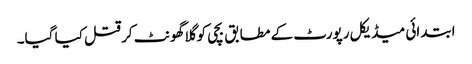
ابتدائی میڈیکل رپورٹ کے مطابق بچی کو گلا گھونٹ کر قتل کیا گیا۔